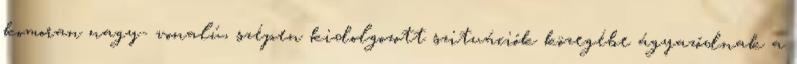
komoran nagy- vonalú, szépen kidolgozott szituációk közegébe ágyazódnak a